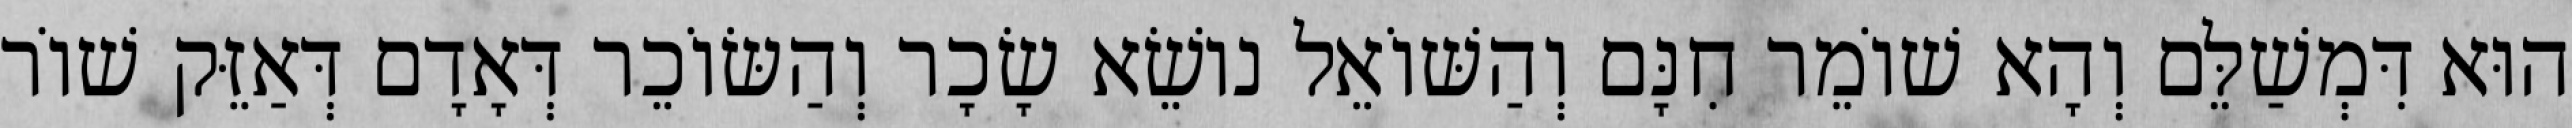
הוּא דִּמְשַׁלֵּם וְהָא שׁוֹמֵר חִנָּם וְהַשּׁוֹאֵל נוֹשֵׂא שָׂכָר וְהַשּׂוֹכֵר דְּאָדָם דְּאַזֵּק שׁוֹר